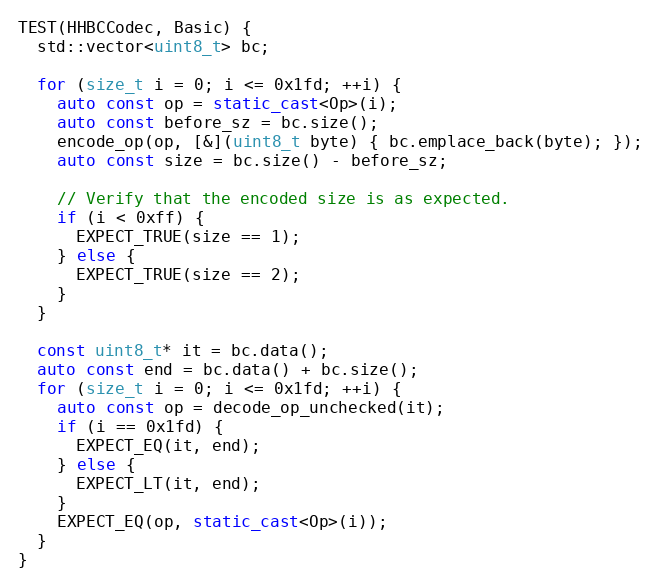
Language: C++
TEST(HHBCCodec, Basic) {
  std::vector<uint8_t> bc;

  for (size_t i = 0; i <= 0x1fd; ++i) {
    auto const op = static_cast<Op>(i);
    auto const before_sz = bc.size();
    encode_op(op, [&](uint8_t byte) { bc.emplace_back(byte); });
    auto const size = bc.size() - before_sz;

    // Verify that the encoded size is as expected.
    if (i < 0xff) {
      EXPECT_TRUE(size == 1);
    } else {
      EXPECT_TRUE(size == 2);
    }
  }

  const uint8_t* it = bc.data();
  auto const end = bc.data() + bc.size();
  for (size_t i = 0; i <= 0x1fd; ++i) {
    auto const op = decode_op_unchecked(it);
    if (i == 0x1fd) {
      EXPECT_EQ(it, end);
    } else {
      EXPECT_LT(it, end);
    }
    EXPECT_EQ(op, static_cast<Op>(i));
  }
}